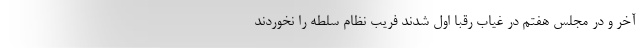
آخر و در مجلس هفتم در غیاب رقبا اول شدند فریب نظام سلطه را نخوردند